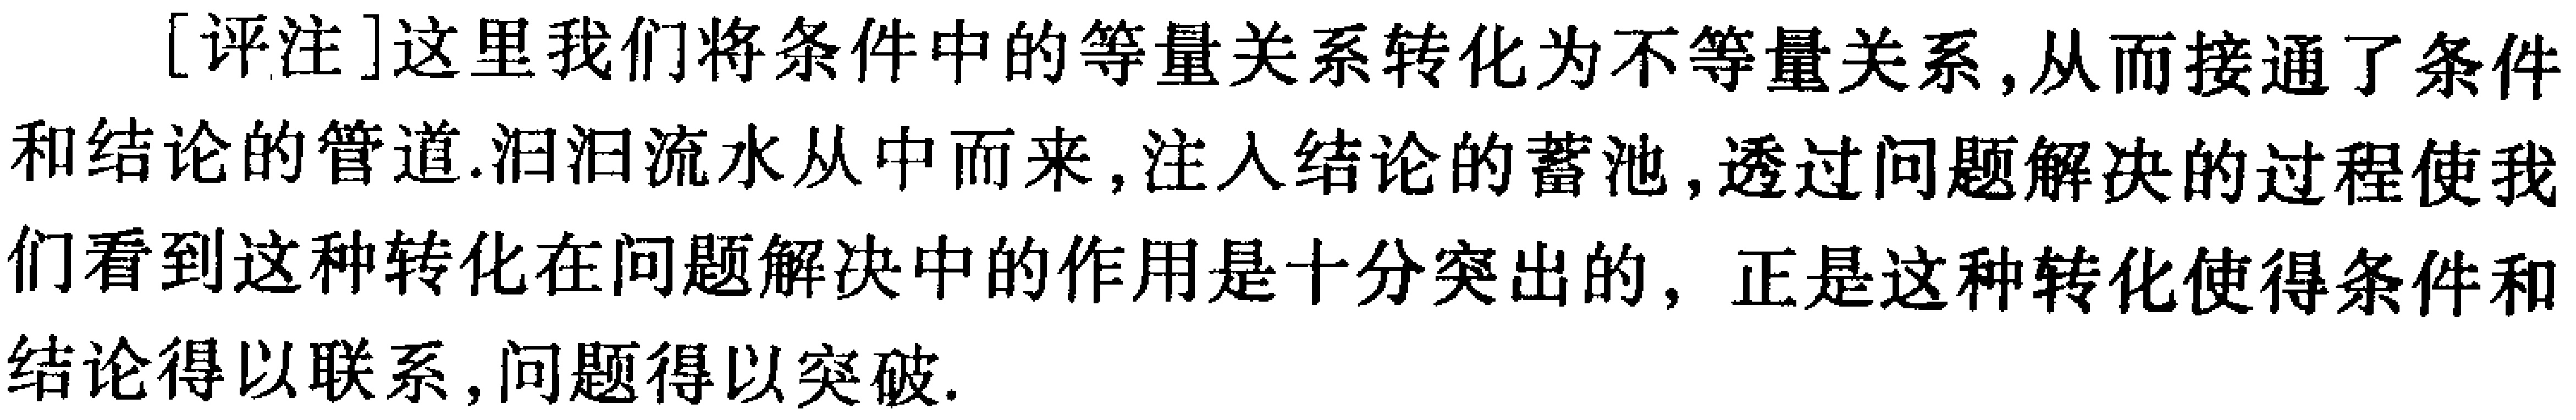
[评注]这里我们将条件中的等量关系转化为不等量关系, 从而接通了条件和结论的管道.汩汩流水从中而来, 注入结论的蓄池, 透过问题解决的过程使我们看到这种转化在问题解决中的作用是十分突出的, 正是这种转化使得条件和结论得以联系, 问题得以突破.